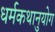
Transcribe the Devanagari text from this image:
धर्मकथानुयोग